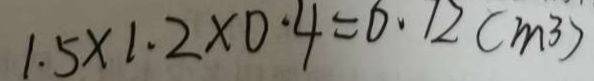
1 . 5 \times 1 . 2 \times 0 . 4 = 0 . 1 2 ( m ^ { 3 } )